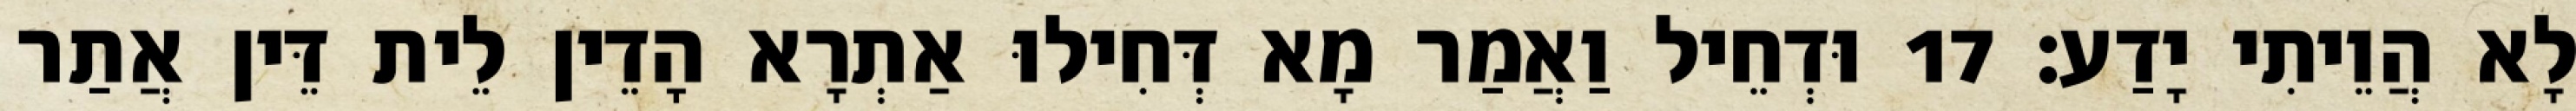
לָא הֲוֵיתִי יָדַע׃ 17 וּדְחֵיל וַאֲמַר מָא דְּחִילוּ אַתְרָא הָדֵין לֵית דֵּין אֲתַר